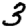
Digit: 3